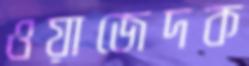
ওয়াজেদক